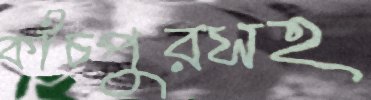
কাঁচপুরসহ